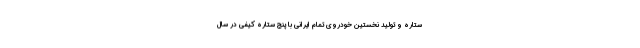
ستاره و تولید نخستین خودروی تمام ایرانی با پنج ستاره کیفی در سال